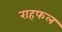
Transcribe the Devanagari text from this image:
राहफल